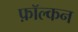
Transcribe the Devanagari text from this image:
फ़ॉल्कन